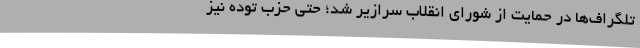
تلگراف‌ها در حمایت‌ از شورای‌ انقلاب‌ سرازیر شد؛ حتی حزب‌ توده‌ نیز